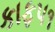
કાફ૫૧